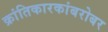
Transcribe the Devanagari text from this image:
क्रांतिकारकांबरोबर